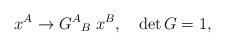
LaTeX: \begin{align*}x^A\rightarrow {G^A}_B\;x^B,\quad \det G=1,\end{align*}